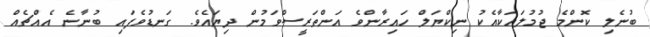
ބުނެލި ކޮންމެ ޖުމުލައަކާއެކު ނިކްޔަލް ހައިރާންވެ އަންތަރީސްވަމުން ދިޔައެވެ. ގަނޑުވެފައި ބުނާނެ އެއްޗެއް